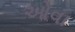
ઓવા